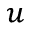
_ u